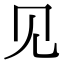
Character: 见